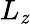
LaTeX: L_{\mathit{z}}